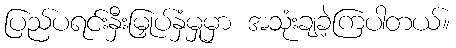
ပြည်ပရင်းနှီးမြှုပ်နှံမှုမှာ အသုံးချခဲ့ကြပါတယ်။